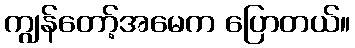
ကျွန်တော့်အမေက ပြောတယ်။